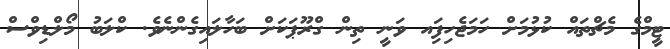
ޓީމްގެ މެޗްތައް ކުޅުމަށް ހަމަޖެހިފަިއ ވަނީ ތިން ގްރޫޕަކަށް ބަހާލައިގެންނެވެ. ކްލަބު މޯލްޑިވްސް